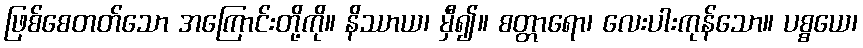
ဖြစ်စေတတ်သော အကြောင်းတို့ကို။ နိဿာယ၊ မှီ၍။ စတ္တာရော၊ လေးပါးကုန်သော။ ပစ္စယေ၊